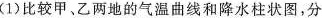
(1)比较甲、乙两地的气温曲线和降水柱状图，分